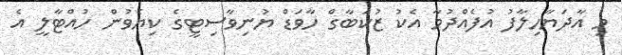
މި އާދަޔާހިލާފު އުފެއްދުމާ އެކު ޒުކަބާގް ހާވަޑް ޔުނިވާސިޓީގެ ކިޔެވުން ހުއްޓާލީ އެ